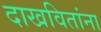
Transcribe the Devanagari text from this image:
दाखवितांना